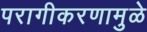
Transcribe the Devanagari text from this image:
परागीकरणामुळे